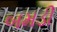
બમડી